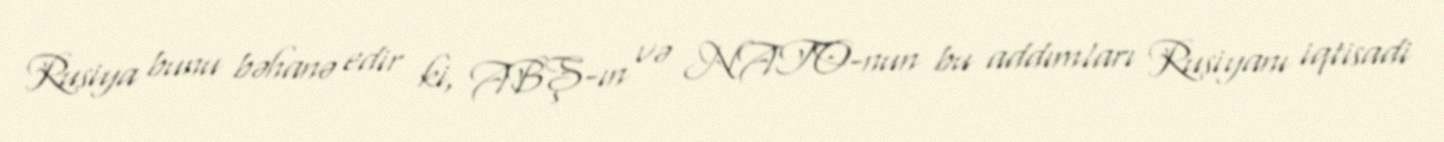
Rusiya bunu bəhanə edir ki, ABŞ-ın və NATO-nun bu addımları Rusiyanı iqtisadi